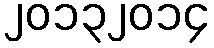
၂၀၁၃၂၀၁၄